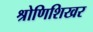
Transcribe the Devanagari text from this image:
श्रोणिशिखर